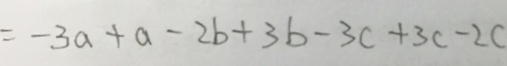
= - 3 a + a - 2 b + 3 b - 3 c + 3 c - 2 c